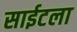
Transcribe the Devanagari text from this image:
साईटला